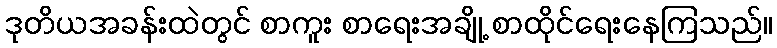
ဒုတိယအခန်းထဲတွင် စာကူး စာရေးအချို့ စာထိုင်ရေးနေကြသည်။